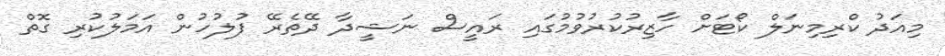
މިއަދު ކްރިމިނަލް ކޯޓަށް ހާޒިރުކުރުވުމުގައި ރައީސް ނަޝީދާ ދޭތެރޭ ފުލުހުން އަމަލުކުރި ގޮތް